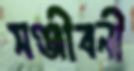
সঞ্জীবনী